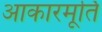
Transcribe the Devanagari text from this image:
आकारमूर्ति